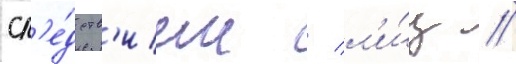
сл'е́дств'ием / л'и́ц //